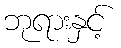
ဘုရားနှင့်